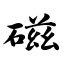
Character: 磁